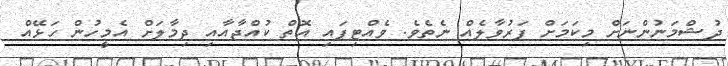
ދުޝްމަނުންނަށް މިކަމަށް ފަރުވާލެއް ނެތެވެ. ވެއްޓިފައި އޮތް ކުއްޖާއާއި ދިމާލަށް އެމީހުން ހަޅޭއް